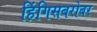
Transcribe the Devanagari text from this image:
हिंगिसबरोबर